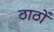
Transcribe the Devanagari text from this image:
ठाठों